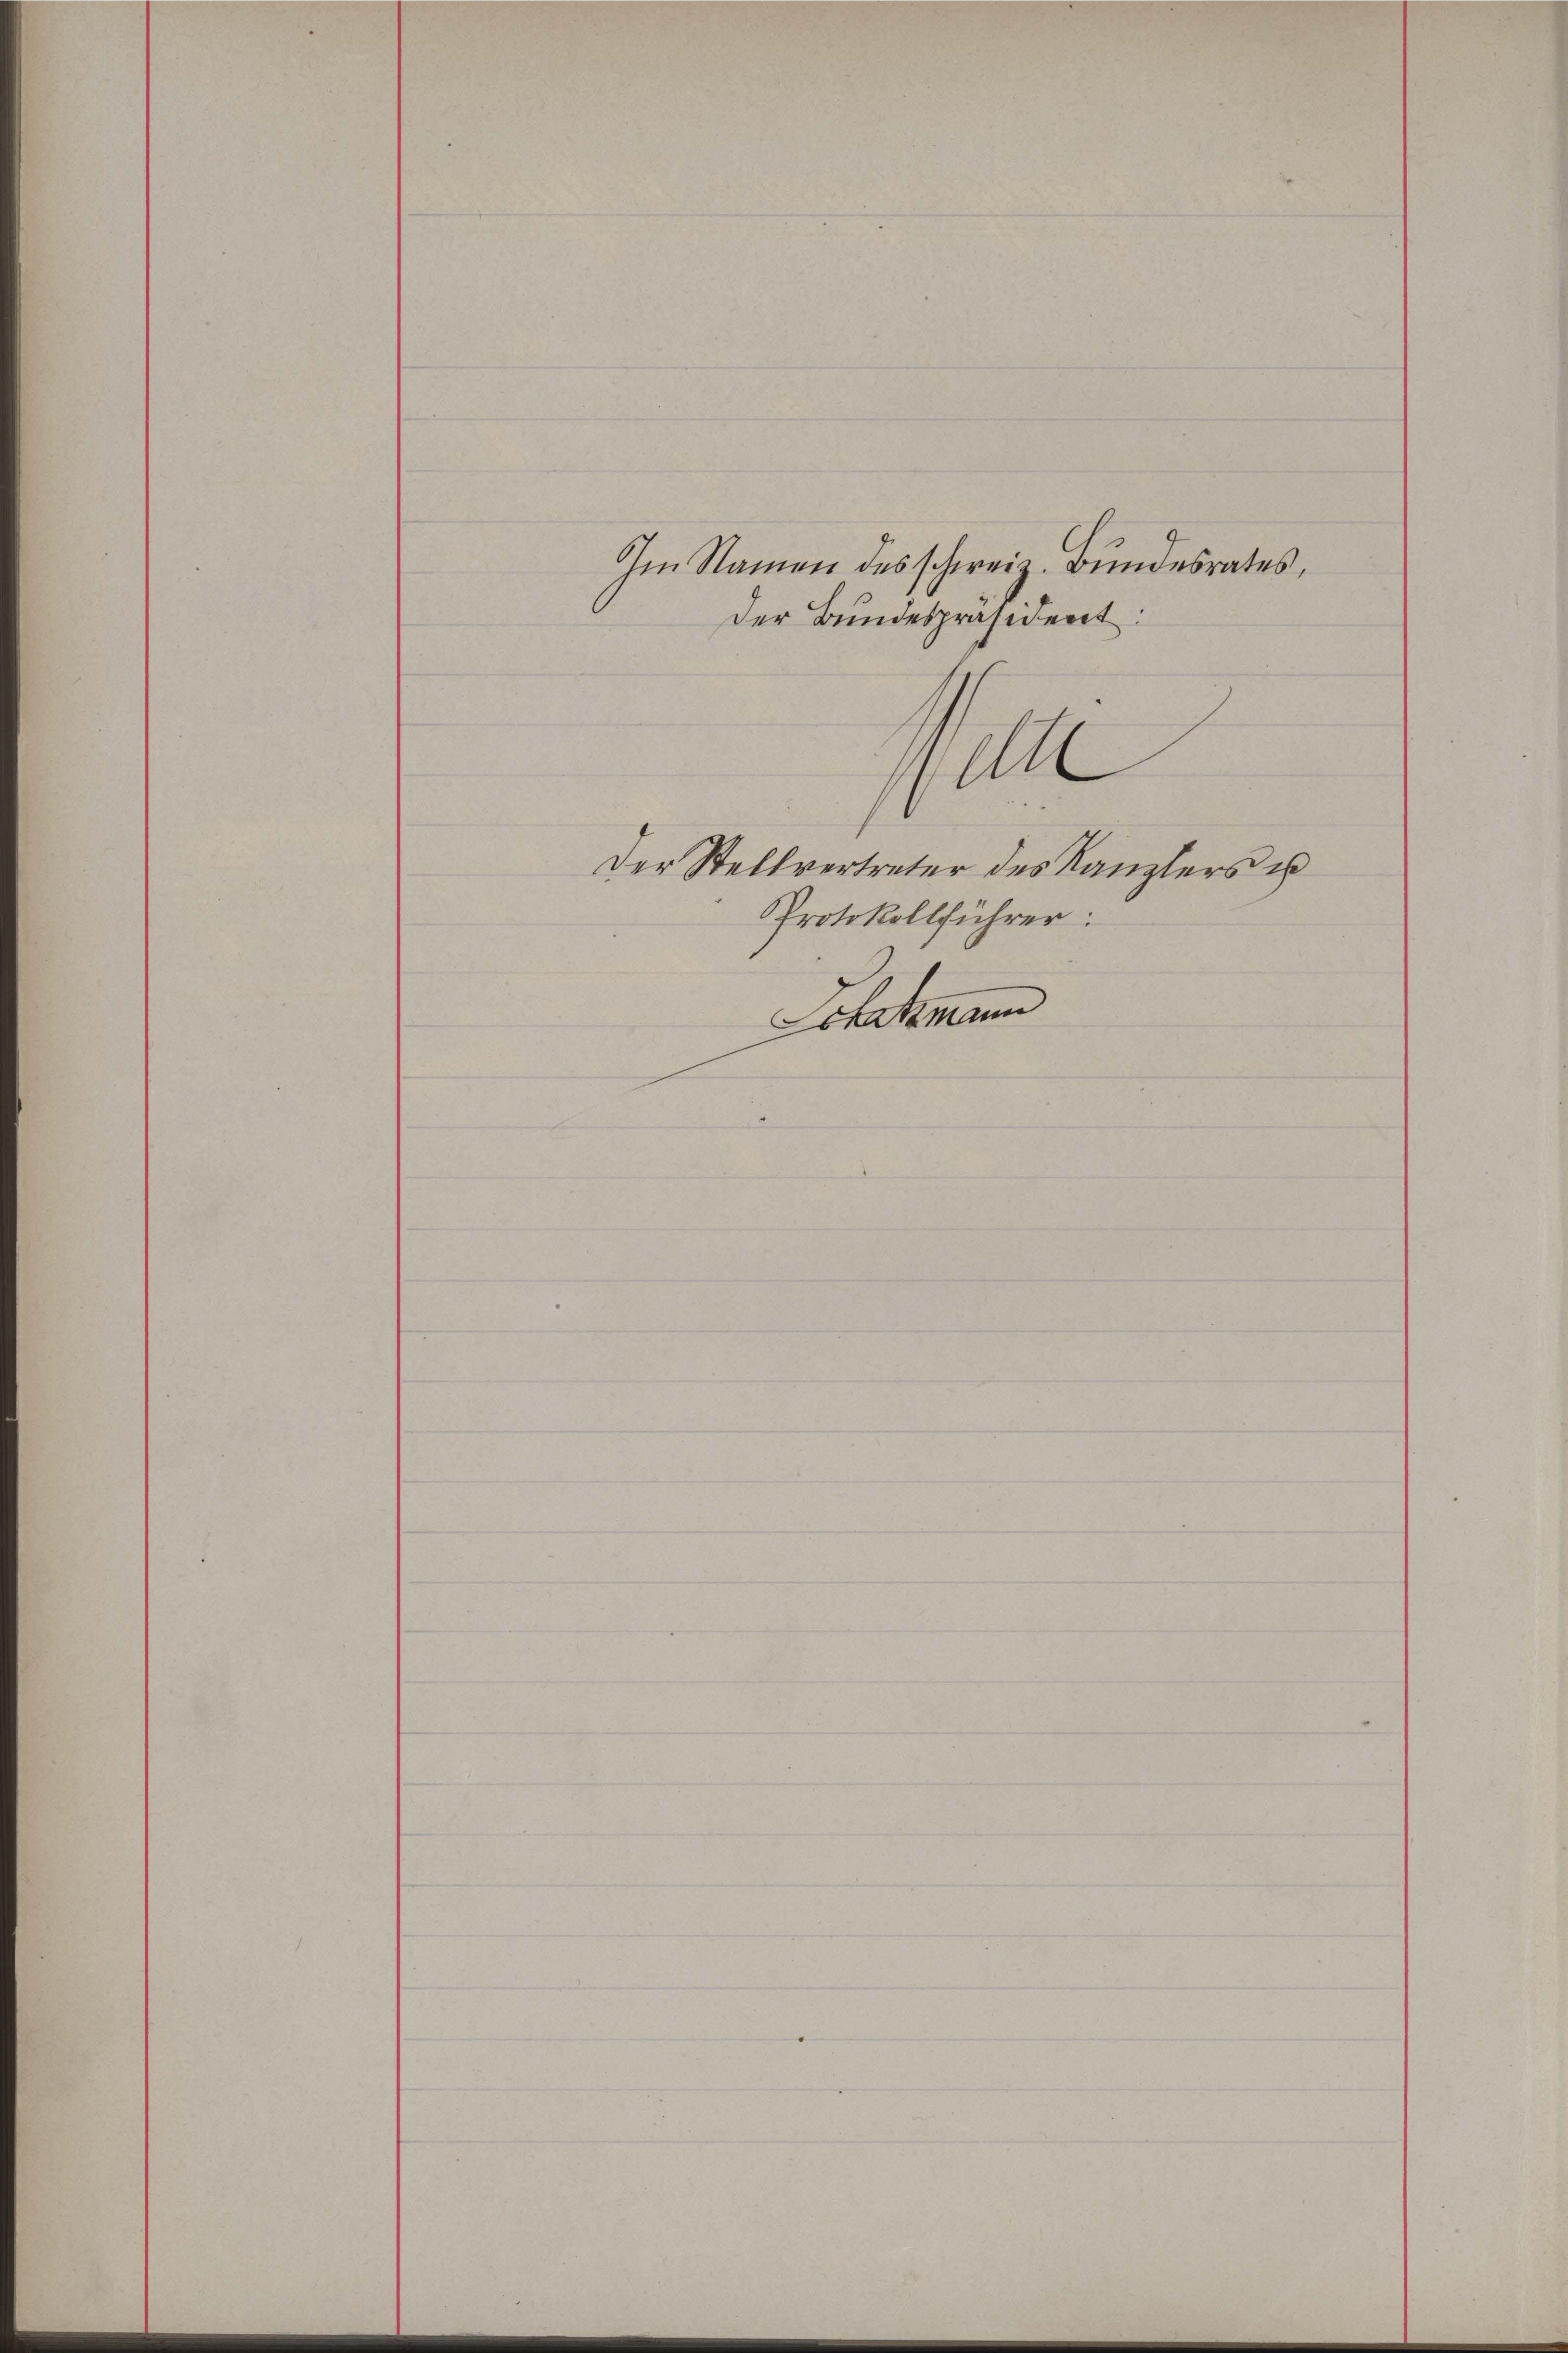
Im Namen des schweiz. Bundesrates,
Der Bundespräsident.
10
Der Stellvertreter des Kanzlers u
Protokollführer:
Schatzmann